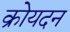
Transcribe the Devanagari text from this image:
क्रोयदन